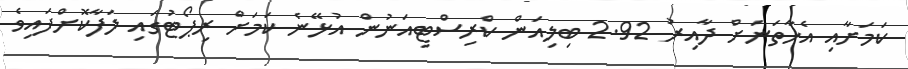
ކަމަށާއި އެހާތަނަށް ދާއިރު 2.92 ބިލިއަން ކްރިސްޓިއަނުން އުޅޭނެ ކަމަށް ރިޕޯޓުގައި ލަފާކޮށްފައިވެ